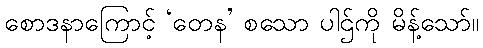
စောဒနာကြောင့် ‘တေန’ စသော ပါဌ်ကို မိန့်သော်။